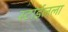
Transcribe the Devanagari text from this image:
स्टाईलला